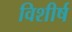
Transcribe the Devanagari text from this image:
विशीर्ष